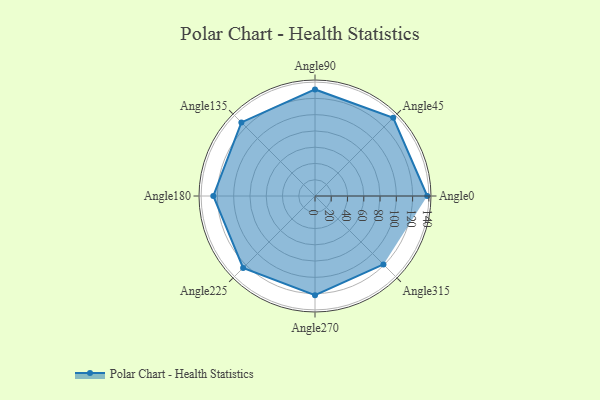
{"axis": {"x": "Angle", "y": "Radius"}, "legend": [""], "data": [{"x": "Angle0", "y": 138.0, "type": ""}, {"x": "Angle45", "y": 136.0, "type": ""}, {"x": "Angle90", "y": 131.0, "type": ""}, {"x": "Angle135", "y": 128.0, "type": ""}, {"x": "Angle180", "y": 125.0, "type": ""}, {"x": "Angle225", "y": 125.0, "type": ""}, {"x": "Angle270", "y": 122.0, "type": ""}, {"x": "Angle315", "y": 119.0, "type": ""}]}